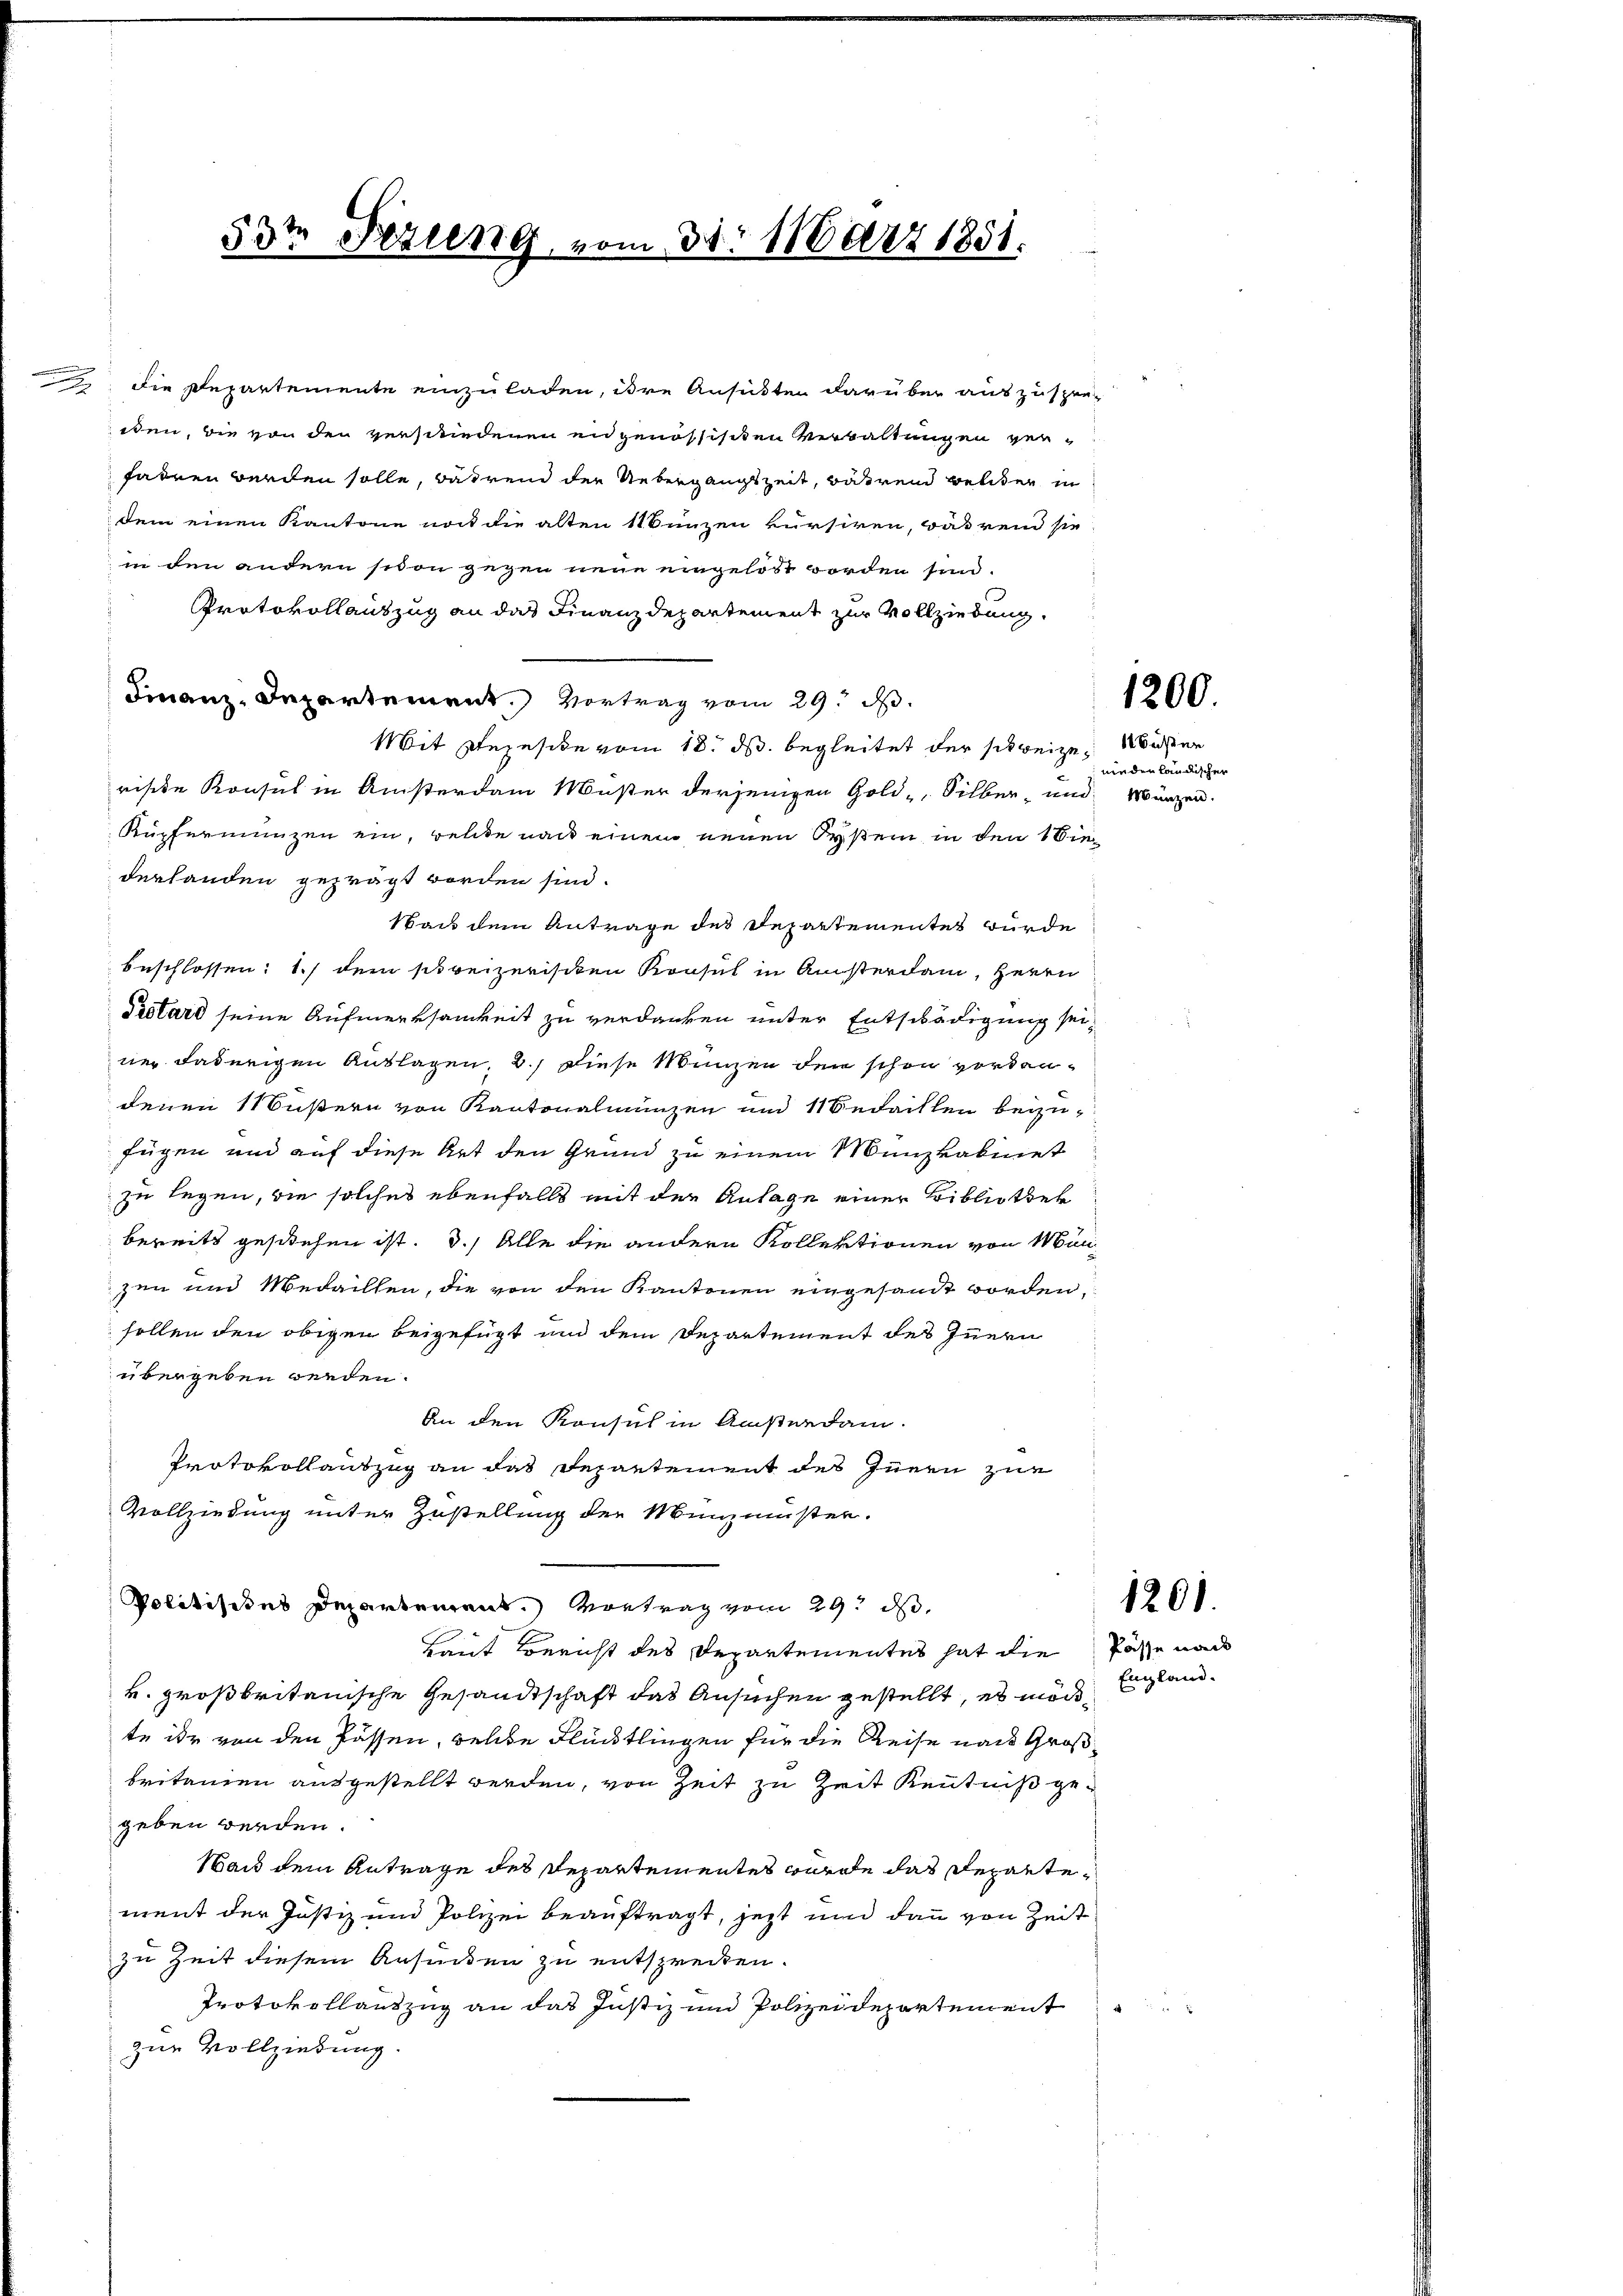
.

Mit Rezeside vom 18. ds. begleitet der schweize Wichter
rische Konsul in Ansterdam Muster derjenigen Gold Silber, und Münzen
Kupfermünzen ein, welche nach einem neuen System in den 1 Ein
derhanden geprägt worden sind.
Mais dem Antrage des Departementes würde
beschlossen: 1.) dem schreizerischen Konsul in Ansterdam, Herrn
Dietard seine Aufmerksamkeit zu verdanken unter Entschädigung seiner dadurigen Auslagen 2. diese Manzen den schon vordandenen 11 Süßern von Kantonalmünzen und 11 Bedachten beizufügen und auf diese Art den Grund zu einem Menzkabinet
zu legen, die solches ebenfalls mit der Anlage einer Bibliothek
bereits gestehen ist. 3.) Alle die andern Kollektionen von Manzen und Medaillen, die von den Kantonen eingesandt worden,
sollen den obigen beigefügt und dem Departement des Innern
übergeben werden.
An den Konsul in Ansterdam.
Protokollauszug an das Departement des Innen zur
Vollziehung unter Zustellung der Manzmuster.
Poldistes Departement. Vortrag vom 29. ds.
Breit Bericht des Departementes hat die Pässe nach
k. großbritanische Gesandtschaft das Ansuchen gestellt, es möch, Englandte ihr von den Passen, welche Flücklingen für die Reise nach Großbritanien ausgestellt werden, von Zeit zu Zeit Kenntniß gegeben werden.
Nach dem Antrage des Departementes wurde das Departement der Justiz und Polizei beauftragt, jetzt und dann von Zeit
zu Zeit diesem Ansieden zu entsprecken.
Protokollantzug an das Justiz und Polizeidepartement
zur Vollziehung.

d
53. Sizung vom 3. März 1851.

die Departemente einzuladen, ihre Ansichten darüber auszuspresten, die von den verschiedenen en genössischen Verwaltungen verfadren werden solle, währen der Uebergangszeit, während Beliter in
dem einen Kantone not die alten 11 Sunzen kursiren, was rein sie
in den andern siton gegen neue eingelöst worden sind.
Protokollauszug an das Finanzdepartement zur Vollziehung.
Finanz-Departement. Vortrag vom 29. d.

1200.

uin der ländischen

1201.